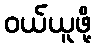
ဝယ်ယူဖို့